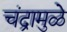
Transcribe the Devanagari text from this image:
चंद्रामुळे